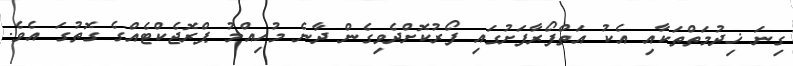
ގިނަ ޚިދުމަތްތަކާއި އެކު އަތްފޯރާފަށުގައި ފޯރުކޮށްދެވިގެން ދާނެ މުހިއްމު ޕްރޮޖެކްޓެއްގެ ގޮތުގަ އެވެ.